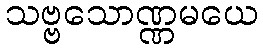
သဗ္ဗသောဏ္ဏမယေ